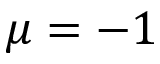
\mu = - 1